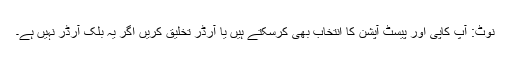
نوٹ: آپ کاپی اور پیسٹ آپشن کا انتخاب بھی کرسکتے ہیں یا آرڈر تخلیق کریں اگر یہ بلک آرڈر نہیں ہے۔